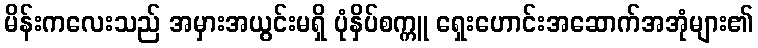
မိန်းကလေးသည် အမှားအယွင်းမရှိ ပုံနှိပ်စက္ကူ ရှေးဟောင်းအဆောက်အအုံများ၏